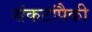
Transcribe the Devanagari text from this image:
संकटांपैकी